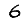
Digit: 6